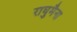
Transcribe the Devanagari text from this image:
राघुमैना